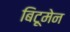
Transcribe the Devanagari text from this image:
बिटूमेन